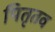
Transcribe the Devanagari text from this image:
पितृतव